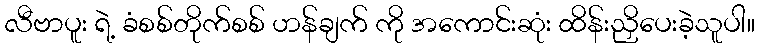
လီဗာပူး ရဲ့ ခံစစ်တိုက်စစ် ဟန်ချက် ကို အကောင်းဆုံး ထိန်းညှိပေးခဲ့သူပါ။